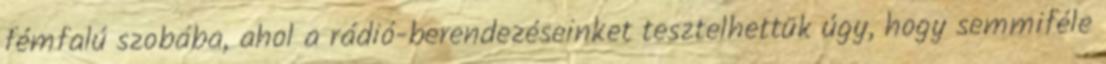
fémfalú szobába, ahol a rádió-berendezéseinket tesztelhettük úgy, hogy semmiféle